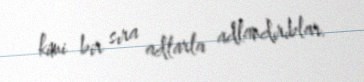
kimi bir sıra adlarla adlandırıblar.